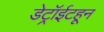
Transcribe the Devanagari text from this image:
डेट्रॉईटहून